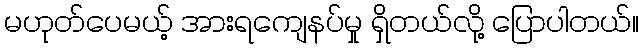
မဟုတ်ပေမယ့် အားရကျေနပ်မှု ရှိတယ်လို့ ပြောပါတယ်။